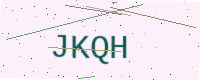
Text: JKQH